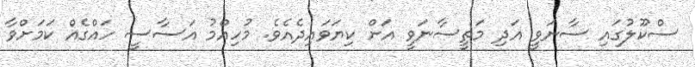
ސްކޫލުގައި ސާނަވީ އަދި މަތީސާނަވީ އަށް ކިޔަވައިދެއެވެ. މުހިއްމު އަސާސީ ހައްގެއް ކަމަށްވާ